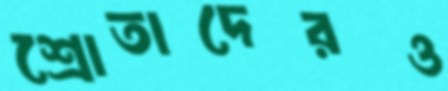
শ্রোতাদেরও